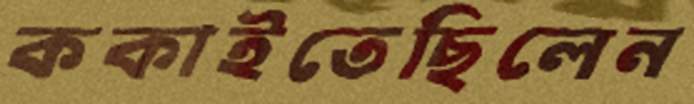
ককাইতেছিলেন